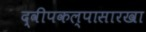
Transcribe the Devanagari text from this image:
द्वीपकल्पासारखा